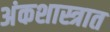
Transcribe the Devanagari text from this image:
अंकशास्त्रात